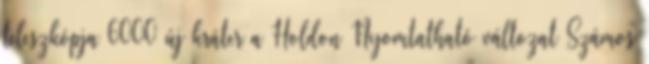
teleszkópja 6000 új kráter a Holdon Nyomtatható változat Számos